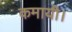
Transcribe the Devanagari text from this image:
कमायी।